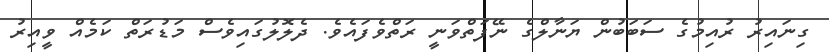
ގިނައިރު ރުއިމުގެ ސަބަބުން ޔަނާލްގެ ނޭފަތްވަނީ ރަތްވެފައެވެ. ދެލޮލުގައިވެސް މަޑުރަތް ކަމެއް ވީއިރު